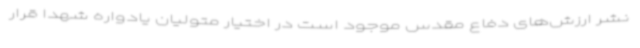
نشر ارزش‌های دفاع مقدس موجود است در اختیار متولیان یادواره شهدا قرار